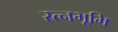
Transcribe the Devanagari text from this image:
रत्नभूमि